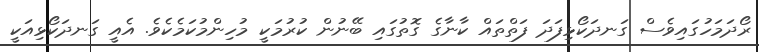
ރޯދަމަހުގައިވެސް ގަނދަކޯޅިފަދަ ފަތްތައް ކާނާގެ ގޮތުގައި ބޭނުން ކުރުމަކީ މުހިންމުކަމެކެވެ. އެއީ ގަނދަކޯޅިއަކީ